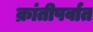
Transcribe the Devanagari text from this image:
क्रांतीपर्वात